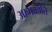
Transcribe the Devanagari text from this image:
आगच्छंति